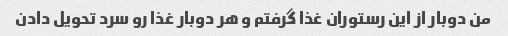
من دوبار از این رستوران غذا گرفتم و هر دوبار غذا رو سرد تحویل دادن